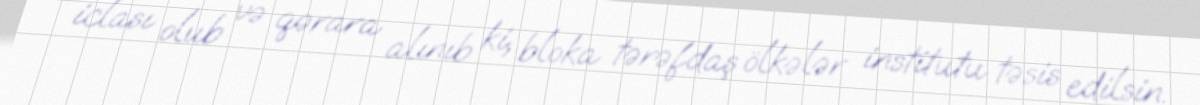
iclası olub və qərara alınıb ki, bloka tərəfdaş ölkələr institutu təsis edilsin.